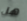
هل